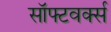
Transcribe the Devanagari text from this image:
सॉफ्टवर्क्स